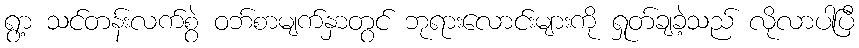
ရွာ့ သင်တန်းလက်စွဲ ဝဘ်စာမျက်နှာတွင် ဘုရားလောင်းများကို ရှုတ်ချခဲ့သည် လိုလာပါပြီ